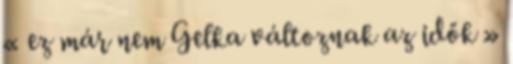
« ez már nem Gelka változnak az idők »